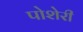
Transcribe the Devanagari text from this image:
पोशेरी